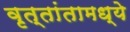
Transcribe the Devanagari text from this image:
वृत्तांतामध्ये